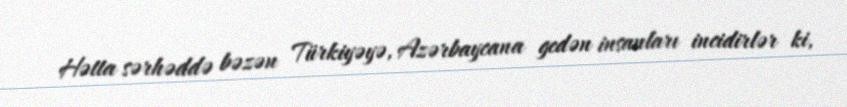
Hətta sərhəddə bəzən Türkiyəyə, Azərbaycana gedən insanları incidirlər ki,